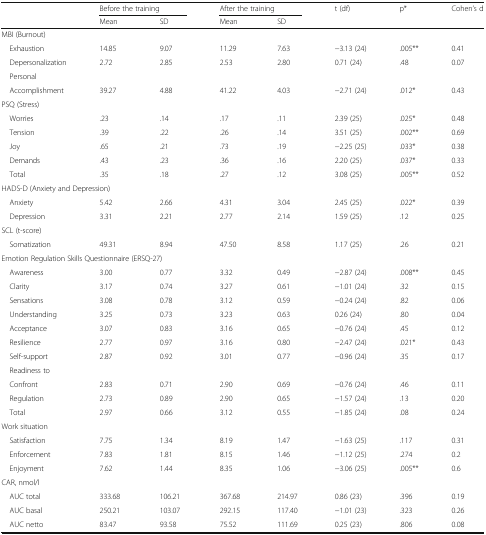
<table><thead><tr><td rowspan="2"></td><td colspan="2"><b>Before the training</b></td><td colspan="2"><b>After the training</b></td><td rowspan="2"><b>t (df)</b></td><td rowspan="2"><b>p*</b></td><td rowspan="2"><b>Cohen’s d</b></td></tr><tr><td><b>Mean</b></td><td><b>SD</b></td><td><b>Mean</b></td><td><b>SD</b></td></tr></thead><tbody><tr><td colspan="8">MBI (Burnout)</td></tr><tr><td> Exhaustion</td><td>14.85</td><td>9.07</td><td>11.29</td><td>7.63</td><td>−3.13 (24)</td><td>.005**</td><td>0.41</td></tr><tr><td> Depersonalization</td><td>2.72</td><td>2.85</td><td>2.53</td><td>2.80</td><td>0.71 (24)</td><td>.48</td><td>0.07</td></tr><tr><td> Personal</td><td></td><td></td><td></td><td></td><td></td><td></td><td></td></tr><tr><td> Accomplishment</td><td>39.27</td><td>4.88</td><td>41.22</td><td>4.03</td><td>−2.71 (24)</td><td>.012*</td><td>0.43</td></tr><tr><td colspan="8">PSQ (Stress)</td></tr><tr><td> Worries</td><td>.23</td><td>.14</td><td>.17</td><td>.11</td><td>2.39 (25)</td><td>.025*</td><td>0.48</td></tr><tr><td> Tension</td><td>.39</td><td>.22</td><td>.26</td><td>.14</td><td>3.51 (25)</td><td>.002**</td><td>0.69</td></tr><tr><td> Joy</td><td>.65</td><td>.21</td><td>.73</td><td>.19</td><td>−2.25 (25)</td><td>.033*</td><td>0.38</td></tr><tr><td> Demands</td><td>.43</td><td>.23</td><td>.36</td><td>.16</td><td>2.20 (25)</td><td>.037*</td><td>0.33</td></tr><tr><td> Total</td><td>.35</td><td>.18</td><td>.27</td><td>.12</td><td>3.08 (25)</td><td>.005**</td><td>0.52</td></tr><tr><td colspan="8">HADS-D (Anxiety and Depression)</td></tr><tr><td> Anxiety</td><td>5.42</td><td>2.66</td><td>4.31</td><td>3.04</td><td>2.45 (25)</td><td>.022*</td><td>0.39</td></tr><tr><td> Depression</td><td>3.31</td><td>2.21</td><td>2.77</td><td>2.14</td><td>1.59 (25)</td><td>.12</td><td>0.25</td></tr><tr><td colspan="8">SCL (t-score)</td></tr><tr><td> Somatization</td><td>49.31</td><td>8.94</td><td>47.50</td><td>8.58</td><td>1.17 (25)</td><td>.26</td><td>0.21</td></tr><tr><td colspan="8">Emotion Regulation Skills Questionnaire (ERSQ-27)</td></tr><tr><td> Awareness</td><td>3.00</td><td>0.77</td><td>3.32</td><td>0.49</td><td>−2.87 (24)</td><td>.008**</td><td>0.45</td></tr><tr><td> Clarity</td><td>3.17</td><td>0.74</td><td>3.27</td><td>0.61</td><td>−1.01 (24)</td><td>.32</td><td>0.15</td></tr><tr><td> Sensations</td><td>3.08</td><td>0.78</td><td>3.12</td><td>0.59</td><td>−0.24 (24)</td><td>.82</td><td>0.06</td></tr><tr><td> Understanding</td><td>3.25</td><td>0.73</td><td>3.23</td><td>0.63</td><td>0.26 (24)</td><td>.80</td><td>0.04</td></tr><tr><td> Acceptance</td><td>3.07</td><td>0.83</td><td>3.16</td><td>0.65</td><td>−0.76 (24)</td><td>.45</td><td>0.12</td></tr><tr><td> Resilience</td><td>2.77</td><td>0.97</td><td>3.16</td><td>0.80</td><td>−2.47 (24)</td><td>.021*</td><td>0.43</td></tr><tr><td> Self-support</td><td>2.87</td><td>0.92</td><td>3.01</td><td>0.77</td><td>−0.96 (24)</td><td>.35</td><td>0.17</td></tr><tr><td> Readiness to</td><td></td><td></td><td></td><td></td><td></td><td></td><td></td></tr><tr><td> Confront</td><td>2.83</td><td>0.71</td><td>2.90</td><td>0.69</td><td>−0.76 (24)</td><td>.46</td><td>0.11</td></tr><tr><td> Regulation</td><td>2.73</td><td>0.89</td><td>2.90</td><td>0.65</td><td>−1.57 (24)</td><td>.13</td><td>0.20</td></tr><tr><td> Total</td><td>2.97</td><td>0.66</td><td>3.12</td><td>0.55</td><td>−1.85 (24)</td><td>.08</td><td>0.24</td></tr><tr><td colspan="8">Work situation</td></tr><tr><td> Satisfaction</td><td>7.75</td><td>1.34</td><td>8.19</td><td>1.47</td><td>−1.63 (25)</td><td>.117</td><td>0.31</td></tr><tr><td> Enforcement</td><td>7.83</td><td>1.81</td><td>8.15</td><td>1.46</td><td>−1.12 (25)</td><td>.274</td><td>0.2</td></tr><tr><td> Enjoyment</td><td>7.62</td><td>1.44</td><td>8.35</td><td>1.06</td><td>−3.06 (25)</td><td>.005**</td><td>0.6</td></tr><tr><td colspan="8">CAR, nmol/l</td></tr><tr><td> AUC total</td><td>333.68</td><td>106.21</td><td>367.68</td><td>214.97</td><td>0.86 (23)</td><td>.396</td><td>0.19</td></tr><tr><td> AUC basal</td><td>250.21</td><td>103.07</td><td>292.15</td><td>117.40</td><td>−1.01 (23)</td><td>.323</td><td>0.26</td></tr><tr><td> AUC netto</td><td>83.47</td><td>93.58</td><td>75.52</td><td>111.69</td><td>0.25 (23)</td><td>.806</td><td>0.08</td></tr></tbody></table>